Lunatic asylums in Bengal annual reports 1912-1924 - 1912-1924
Year: 1912
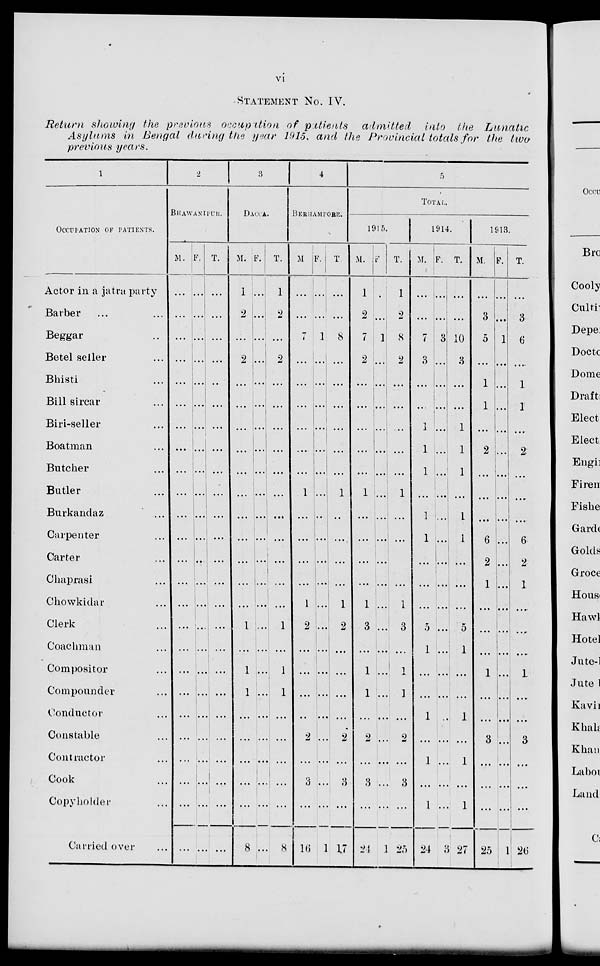
vi
STATEMENT No. IV.
Return showing the previous occupation of patients
admitted
into the
Lunatic
Asylums
in Bengal during the year 1915, and the Provincial totals for the two
previous years.
1
OCCUPATION OF PATIENTS.
Actor in a jatra party
Barber ... ...
Beggar ...
Betel seller ...
Bhisti ...
Bill sircar ...
Bin-seller ...
Boatman ...
Butcher ...
Butler ...
Burkandaz ...
Carpenter ...
Carter ...
Chaprasi ...
Chowkidar ...
Clerk ...
Coachman ...
Compositor ...
Compounder ...
Conductor ...
Constable ...
Contractor ...
Cook ...
Copyholder ...
Carried over ...
2
BHAWANIPUR.
M.
...
...
...
...
...
...
...
...
...
...
...
...
...
...
...
...
...
...
...
...
...
...
...
...
...
F.
...
...
...
...
...
...
...
...
...
...
....
...
...
...
...
...
...
...
...
...
...
...
...
...
...
T.
...
...
...
...
...
...
...
...
...
...
...
...
...
...
...
...
...
...
...
...
...
...
...
...
...
3
DACCA.
M.
1
2
...
2
...
...
...
...
...
...
...
...
...
...
...
1
...
1
1
...
...
...
...
...
8
F.
...
...
...
...
...
...
...
...
...
...
...
...
...
...
...
...
...
...
...
...
...
...
...
...
...
T.
1
2
...
2
...
...
...
...
...
...
...
...
...
...
...
1
...
1
1
...
...
...
...
...
8
4
BERHAMPORE.
M
...
...
7
...
...
...
...
...
...
1
...
...
...
...
1
2
...
...
...
...
2
...
3
...
16
F.
...
...
1
...
...
...
...
...
...
...
...
...
...
...
...
...
...
...
...
...
...
...
...
...
1
T.
...
...
8
...
...
...
...
...
...
1
...
...
...
...
1
2
...
...
...
...
2
...
3
...
17
5
TOTAL.
1915.
M.
1
2
7
2
...
...
...
...
...
1
...
...
...
...
1
3
...
1
1
...
2
...
3
...
24
F.
...
...
1
...
...
...
...
...
...
...
...
...
...
...
...
...
...
...
...
...
...
...
...
...
1
T.
1
2
8
2
...
...
...
...
...
1
...
...
...
...
1
3
...
1
1
...
2
...
3
...
25
1914.
M.
...
...
7
3
...
...
1
1
1
...
1
1
...
...
...
5
1
...
...
1
...
1
...
1
24
F.
...
...
3
...
...
...
...
...
...
...
...
...
...
...
...
...
...
...
...
...
...
...
...
...
3
T.
...
...
10
3
...
...
1
1
1
...
1
1
...
...
...
5
1
...
...
1
...
1
...
1
27
1913.
M.
...
3
5
...
1
1
...
2
...
...
...
6
2
1
...
...
...
1
...
...
3
...
...
...
25
F.
...
...
1
...
...
...
...
...
...
...
...
...
...
...
...
...
...
...
...
...
...
...
...
...
1
T.
...
3
6
...
1
1
...
2
...
...
...
6
2
1
...
...
...
1
...
...
3
...
...
...
26